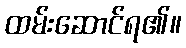
ထမ်းဆောင်ရ၏။